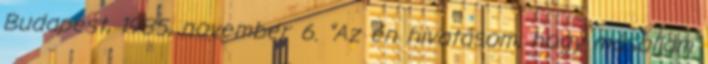
Budapest, 1985. november 6. "Az én hivatásom, hogy másoljam